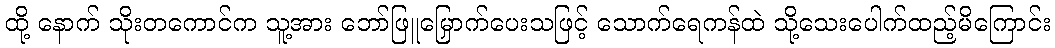
ထို့ နောက် သိုးတကောင်က သူ့အား ဘော်ဖြူမြှောက်ပေးသဖြင့် သောက်ရေကန်ထဲ သို့သေးပေါက်ထည့်မိကြောင်း